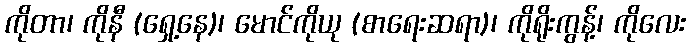
ကိုတာ၊ ကိုနီ (ရှေ့နေ)၊ မောင်ကိုယု (စာရေးဆရာ)၊ ကိုရိုးကွန့်၊ ကိုလေး